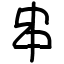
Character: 串